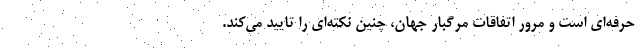
حرفه‌ای است و مرور اتفاقات مرگبار جهان، چنین نکته‌ای را تایید می‌کند.